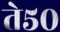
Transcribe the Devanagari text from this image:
ते५०